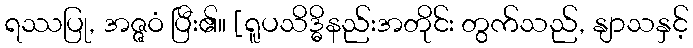
ရဿပြု, အဇ္ဇဝံ ပြီး၏။ [ရူပသိဒ္ဓိနည်းအတိုင်း တွက်သည်, နျာသနှင့်